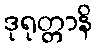
ဒုရုတ္တာနိ